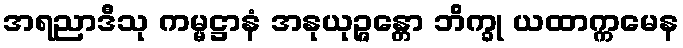
အရညာဒီသု ကမ္မဋ္ဌာနံ အနုယုဉ္ဇန္တော ဘိက္ခု ယထာက္ကမေန